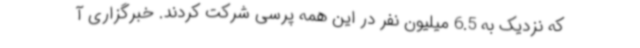
که نزدیک به 6.5 میلیون نفر در این همه پرسی شرکت کردند. خبرگزاری آ